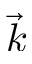
\vec { k }